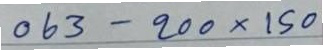
063 - 200x150